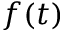
f ( t )